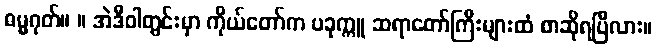
ဓမ္မဂုတ်။ ။ အဲဒီဝါတွင်းမှာ ကိုယ်တော်က ပခုက္ကူ ဆရာတော်ကြီးများထံ စာဆိုရပြီလား။